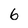
Character: 6